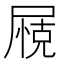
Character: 𱚽